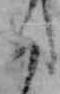
く